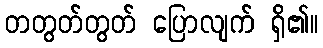
တတွတ်တွတ် ပြောလျက် ရှိ၏။